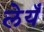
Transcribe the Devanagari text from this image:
लेयँ